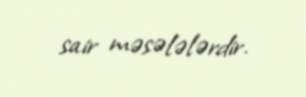
sair məsələlərdir.